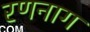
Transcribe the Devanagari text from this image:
रणनाग